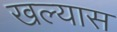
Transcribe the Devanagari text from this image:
खल्यास